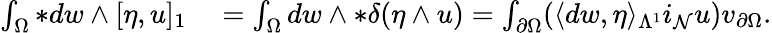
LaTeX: \begin{array}{rl}{\int_{\Omega}\ast dw\wedge[\eta,u]_{1}}&{{}=\int_{\Omega}dw\wedge\ast\delta(\eta\wedge u)=\int_{\partial\Omega}(\langle dw,\eta\rangle_{\Lambda^{1}}i_{\mathcal{N}}u)v_{\partial\Omega}.}\end{array}